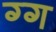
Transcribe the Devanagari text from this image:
ग्ग